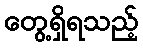
တွေ့ရှိရသည့်